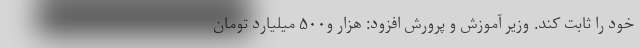
خود را ثابت کند. وزیر آموزش و پرورش افزود: هزار و۵۰۰ میلیارد تومان